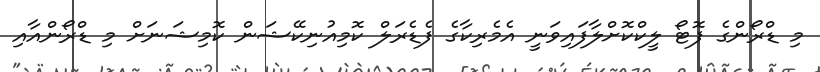
މި ޑްރޯންގެ ފޮޓޯ ލީކްކޮށްލާފައިވަނީ އެމެރިކާގެ ފެޑެރަލް ކޮމިއުނިކޭޝަން ކޮމިޝަނަށް މި ޑްރޯންއާއި